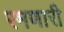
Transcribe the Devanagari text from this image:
रमणारी